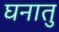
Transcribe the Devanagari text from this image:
घनातु